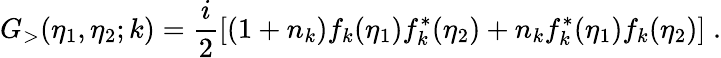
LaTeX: G_{>}(\eta_{1},\eta_{2};k)=\frac{i}{2}\left[(1+n_{k})f_{k}(\eta_{1})f_{k}^{*}(\eta_{2})+n_{k}f_{k}^{*}(\eta_{1})f_{k}(\eta_{2})\right]\; .